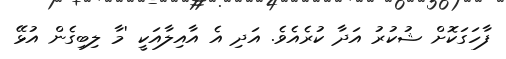
ފާހަގަކޮށް ޝުކުރު އަދާ ކުރެއެވެ. އަދި އެ އާއިލާއަކީ 'މާ ލިބިގެން އުޅޭ